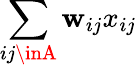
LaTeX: \sum_{ij\inA}\mathbf{w}_{ij}x_{ij}